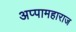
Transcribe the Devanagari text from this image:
अप्पामहाराज